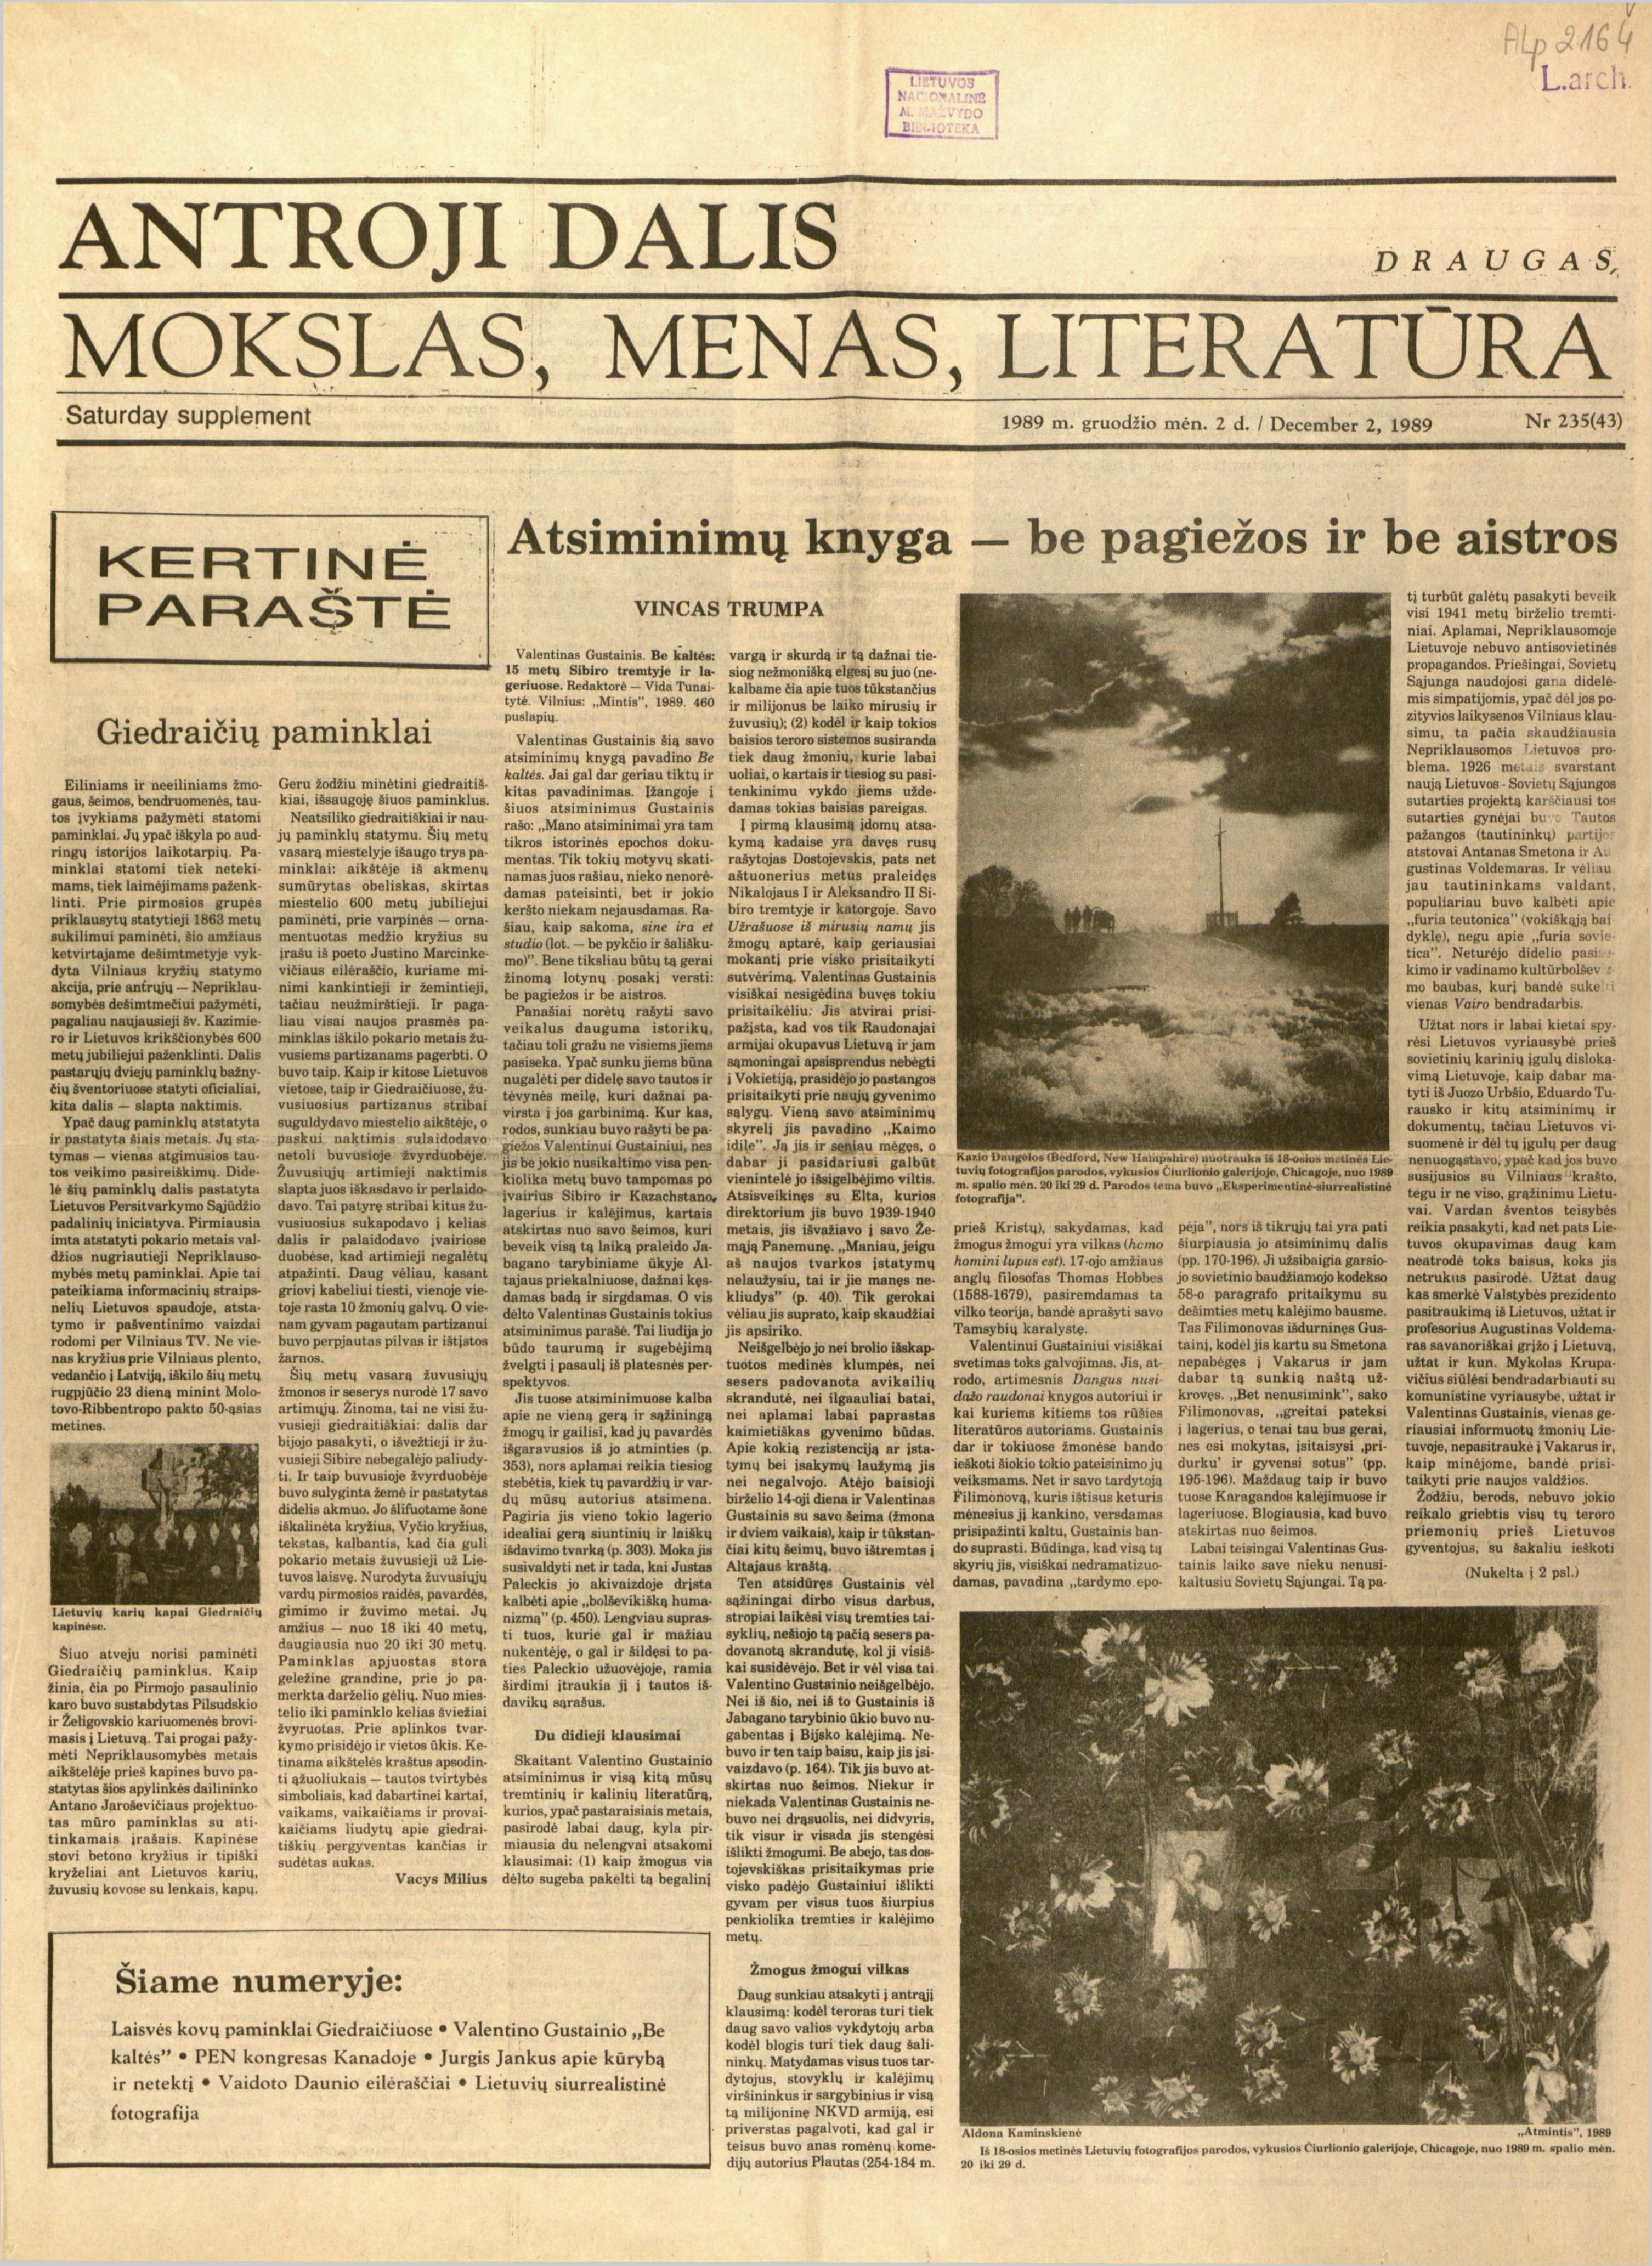
Language: lt